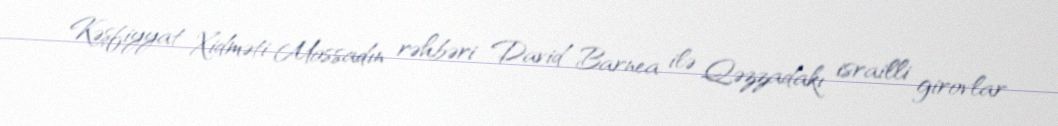
Kəşfiyyat Xidməti Mossadın rəhbəri David Barnea ilə Qəzzadakı israilli girovlar